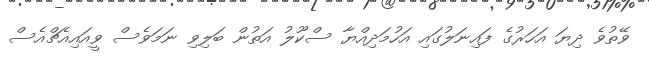
ވޭތުވެ ދިޔަ އަހަރުގެ ފައިނަލުގައި އަހުމަދިއްޔާ ސްކޫލު އަތުން ބަލިވި ނަމަވެސް ވީއައިއެޗްއެސް